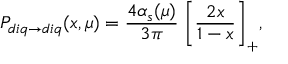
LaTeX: P _ { d i q \to d i q } ( x , \mu ) = \frac { 4 \alpha _ { s } ( \mu ) } { 3 \pi } \; \bigg [ \frac { 2 x } { 1 - x } \biggr ] _ { + } ,